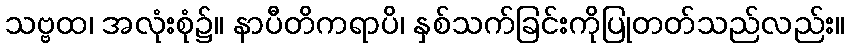
သဗ္ဗထ၊ အလုံးစုံ၌။ နာပီတိကရာပိ၊ နှစ်သက်ခြင်းကိုပြုတတ်သည်လည်း။